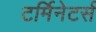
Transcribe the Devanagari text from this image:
टर्मिनेटर्स